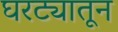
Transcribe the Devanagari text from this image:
घरट्यातून